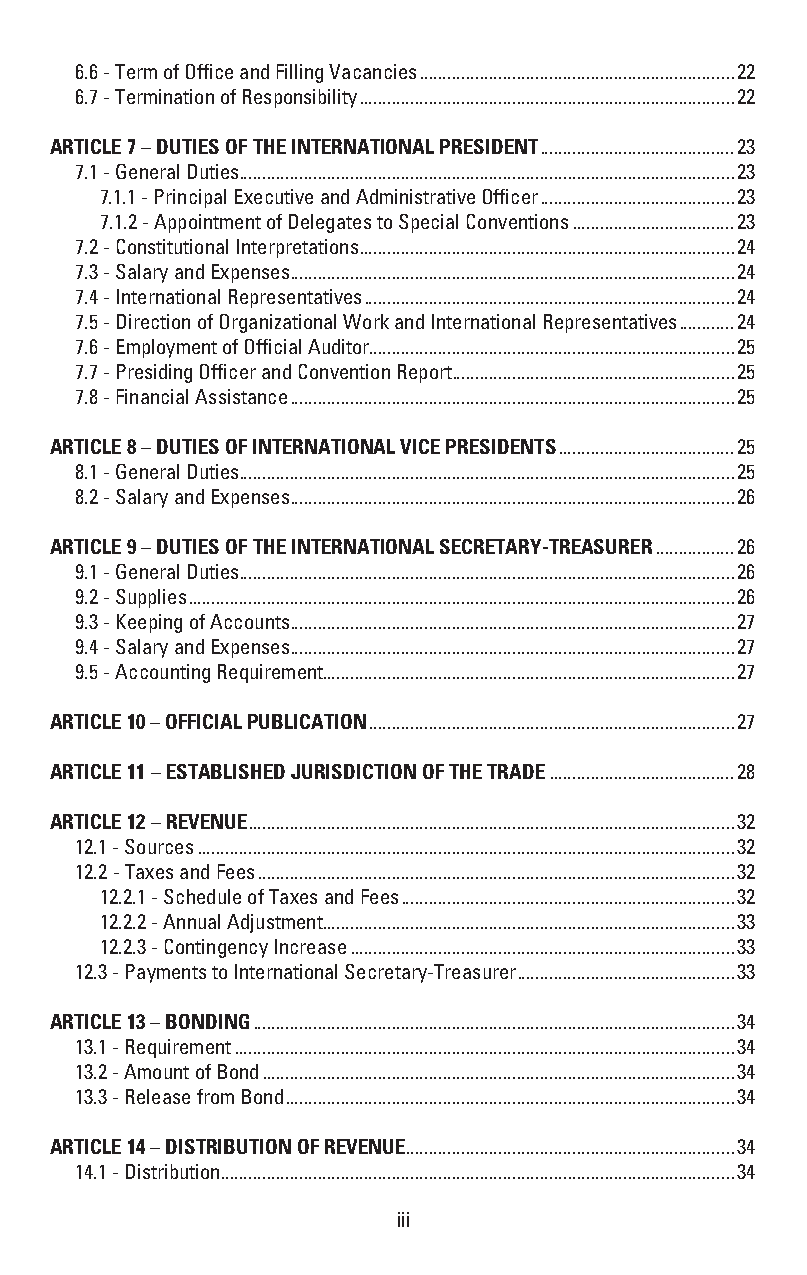
6.6 - Term of Office and Filling Vacancies ....................................................................22
 6.7 - Termination of Responsibility .................................................................................22
 ARTICLE 7 – DUTIES OF THE INTERNATIONAL PRESIDENT ..........................................23
 7.1 - General Duties ...........................................................................................................23
 7.1.1 - Principal Executive and Administrative Officer ..........................................23
 7.1.2 - Appointment of Delegates to Special Conventions ...................................23
 7.2 - Constitutional Interpretations .................................................................................24
 7.3 - Salary and Expenses ................................................................................................24
 7.4 - International Representatives ................................................................................24
 7.5 - Direction of Organizational Work and International Representatives ............24
 7.6 - Employment of Official Auditor ...............................................................................25
 7.7 - Presiding Officer and Convention Report .............................................................25
 7.8 - Financial Assistance ................................................................................................25
 ARTICLE 8 – DUTIES OF INTERNATIONAL VICE PRESIDENTS ......................................25
 8.1 - General Duties ...........................................................................................................25
 8.2 - Salary and Expenses ................................................................................................26
 ARTICLE 9 – DUTIES OF THE INTERNATIONAL SECRETARY-TREASURER .................26
 9.1 - General Duties ...........................................................................................................26
 9.2 - Supplies ......................................................................................................................26
 9.3 - Keeping of Accounts ................................................................................................27
 9.4 - Salary and Expenses ................................................................................................27
 9.5 - Accounting Requirement.........................................................................................27
 ARTICLE 10 – OFFICIAL PUBLICATION ...............................................................................27
 ARTICLE 11 – ESTABLISHED JURISDICTION OF THE TRADE ........................................28
 ARTICLE 12 – REVENUE .........................................................................................................32
 12.1 - Sources ....................................................................................................................32
 12.2 - Taxes and Fees .......................................................................................................32
 12.2.1 - Schedule of Taxes and Fees ........................................................................32
 12.2.2 - Annual Adjustment .........................................................................................33
 12.2.3 - Contingency Increase ...................................................................................33
 12.3 - Payments to International Secretary-Treasurer ...............................................33
 ARTICLE 13 – BONDING ........................................................................................................34
 13.1 - Requirement ............................................................................................................34
 13.2 - Amount of Bond ......................................................................................................34
 13.3 - Release from Bond .................................................................................................34
 ARTICLE 14 – DISTRIBUTION OF REVENUE .......................................................................34
 14.1 - Distribution ...............................................................................................................34
 iii